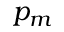
p _ { m }